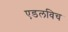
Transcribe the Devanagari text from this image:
एडलविच